Lunatic asylums Madras 1892-1911 - 1892-1911
Year: 1892
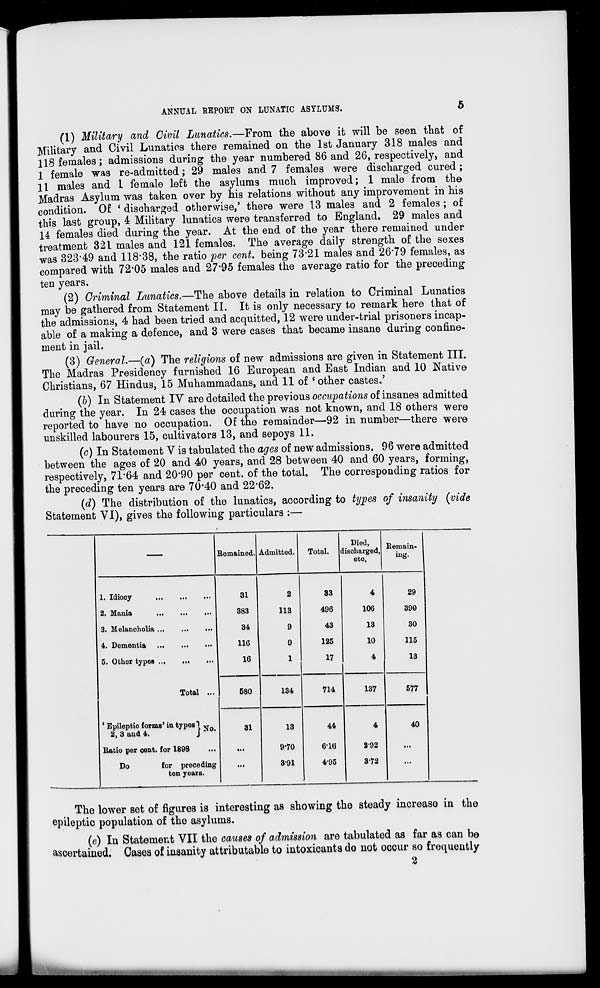
ANNUAL REPORT ON LUNATIC ASYLUMS.
5
(1) Military and Civil Lunatics.—From the above it will be seen that of
Military and Civil Lunatics there remained on the 1st January 318 males and
118 females; admissions during the year numbered 86 and 26, respectively, and
I female was re-admitted; 29 males and 7 females were discharged cured;
II males and 1 female left the asylums much improved; 1 male from the
Madras Asylum was taken over by his relations without any improvement in his
condition. Of ' discharged otherwise,' there were 13 males and 2 females ; of
this last group, 4 Military lunatics were transferred to England. 29 males and
14 females died during the year. At the end of the year there remained under
treatment 321 males and 121 females. The average daily strength of the sexes
was 323*49 and 118*38, the ratio per cent, being 73-21 males and 26*79 females, as
compared with 72*05 males and 27*95 females the average ratio for the preceding
ten years.
(2) Criminal Lunatics.—The above details in relation to Criminal Lunatics
may be gathered from Statement II. It is only necessary to remark here that of
the admissions, 4 had been tried and acquitted, 12 were under-trial prisoners incap-
able of a making a defence, and 3 were cases that became insane during confine-
ment in jail.
(3) General.—(a) The religions of new admissions are given in Statement III.
The Madras Presidency furnished 16 European and East Indian and 10 Native
Christians, 67 Hindus, 15 Muhammadans, and 11 of ' other castes.'
(b) In Statement IV are detailed the previous occupations of insanes admitted
during the year. In 24 cases the occupation was not known, and 18 others were
reported to have no occupation. Of the remainder—92 in number—there were
unskilled labourers 15, cultivators 13, and sepoys 11.
(c) In Statement Y is tabulated the ages of new admissions. 96 were admitted
between the ages of 20 and 40 years, and 28 between 40 and 60 years, forming,
respectively, 71*64 and 20*90 per cent, of the total. The corresponding ratios for
the preceding ten years are 70*40 and 22*62.
(d) The distribution of the lunatics, according to types of insanity (vide
Statement VI), gives the following particulars :—
( Remained. Admitted.
Total.
Died,
discharged,
eto.
Remain-
ing.
1. Idiooy
31
2
33
4
29
2. Mania
383
113
496
106
390
3. Melancholia ...
34
9
43
13
30
4. Dementia ...
116
9
125
10
115
5. Other types
16
1
17
4
13
Total ...
580
134
714
137
577
{ Epileptio forma' iu types 1 v
2, 3 and 4.
J^0 ,
31
13
44
4
40
Ratio per cent, for 1898
...
9-70
616
292
...
Do
for preceding
ton years.
...
391
4-95
372
...
The lower set of figures is interesting as showing the steady increase in the
epileptic population of the asylums.
(e) In Statement VII the causes of admission are tabulated as far as can be
ascertained. Cases of insanity attributable to intoxicants do not occur so frequently
2